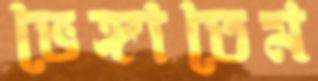
ভেঙ্গাতেম